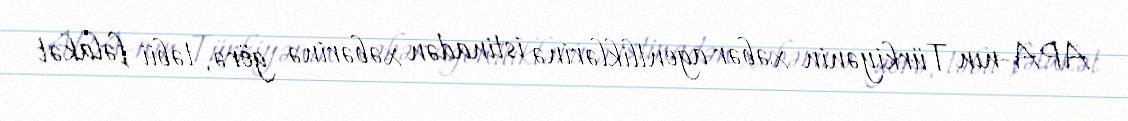
APA-nın Türkiyənin xəbər agentliklərinə istinadən xəbərinə görə, təbii fəlakət